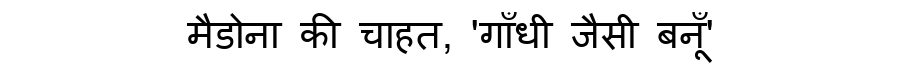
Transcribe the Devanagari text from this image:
मैडोना की चाहत, 'गाँधी जैसी बनूँ'